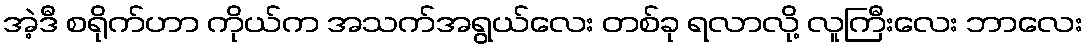
အဲ့ဒီ စရိုက်ဟာ ကိုယ်က အသက်အရွယ်လေး တစ်ခု ရလာလို့ လူကြီးလေး ဘာလေး